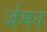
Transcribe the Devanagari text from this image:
र्जमन